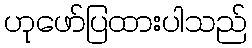
ဟုဖော်ပြထားပါသည်